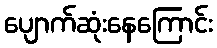
ပျောက်ဆုံးနေကြောင်း